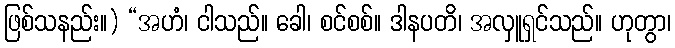
ဖြစ်သနည်း။) “အဟံ၊ ငါသည်။ ခေါ၊ စင်စစ်။ ဒါနပတိ၊ အလှူရှင်သည်။ ဟုတွာ၊